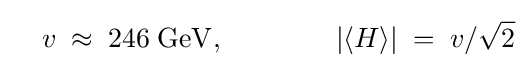
\quad v\;\approx \;\mathrm {246\;GeV} ,\qquad \qquad |\langle H\rangle |\;=\;v/{\sqrt {2}}